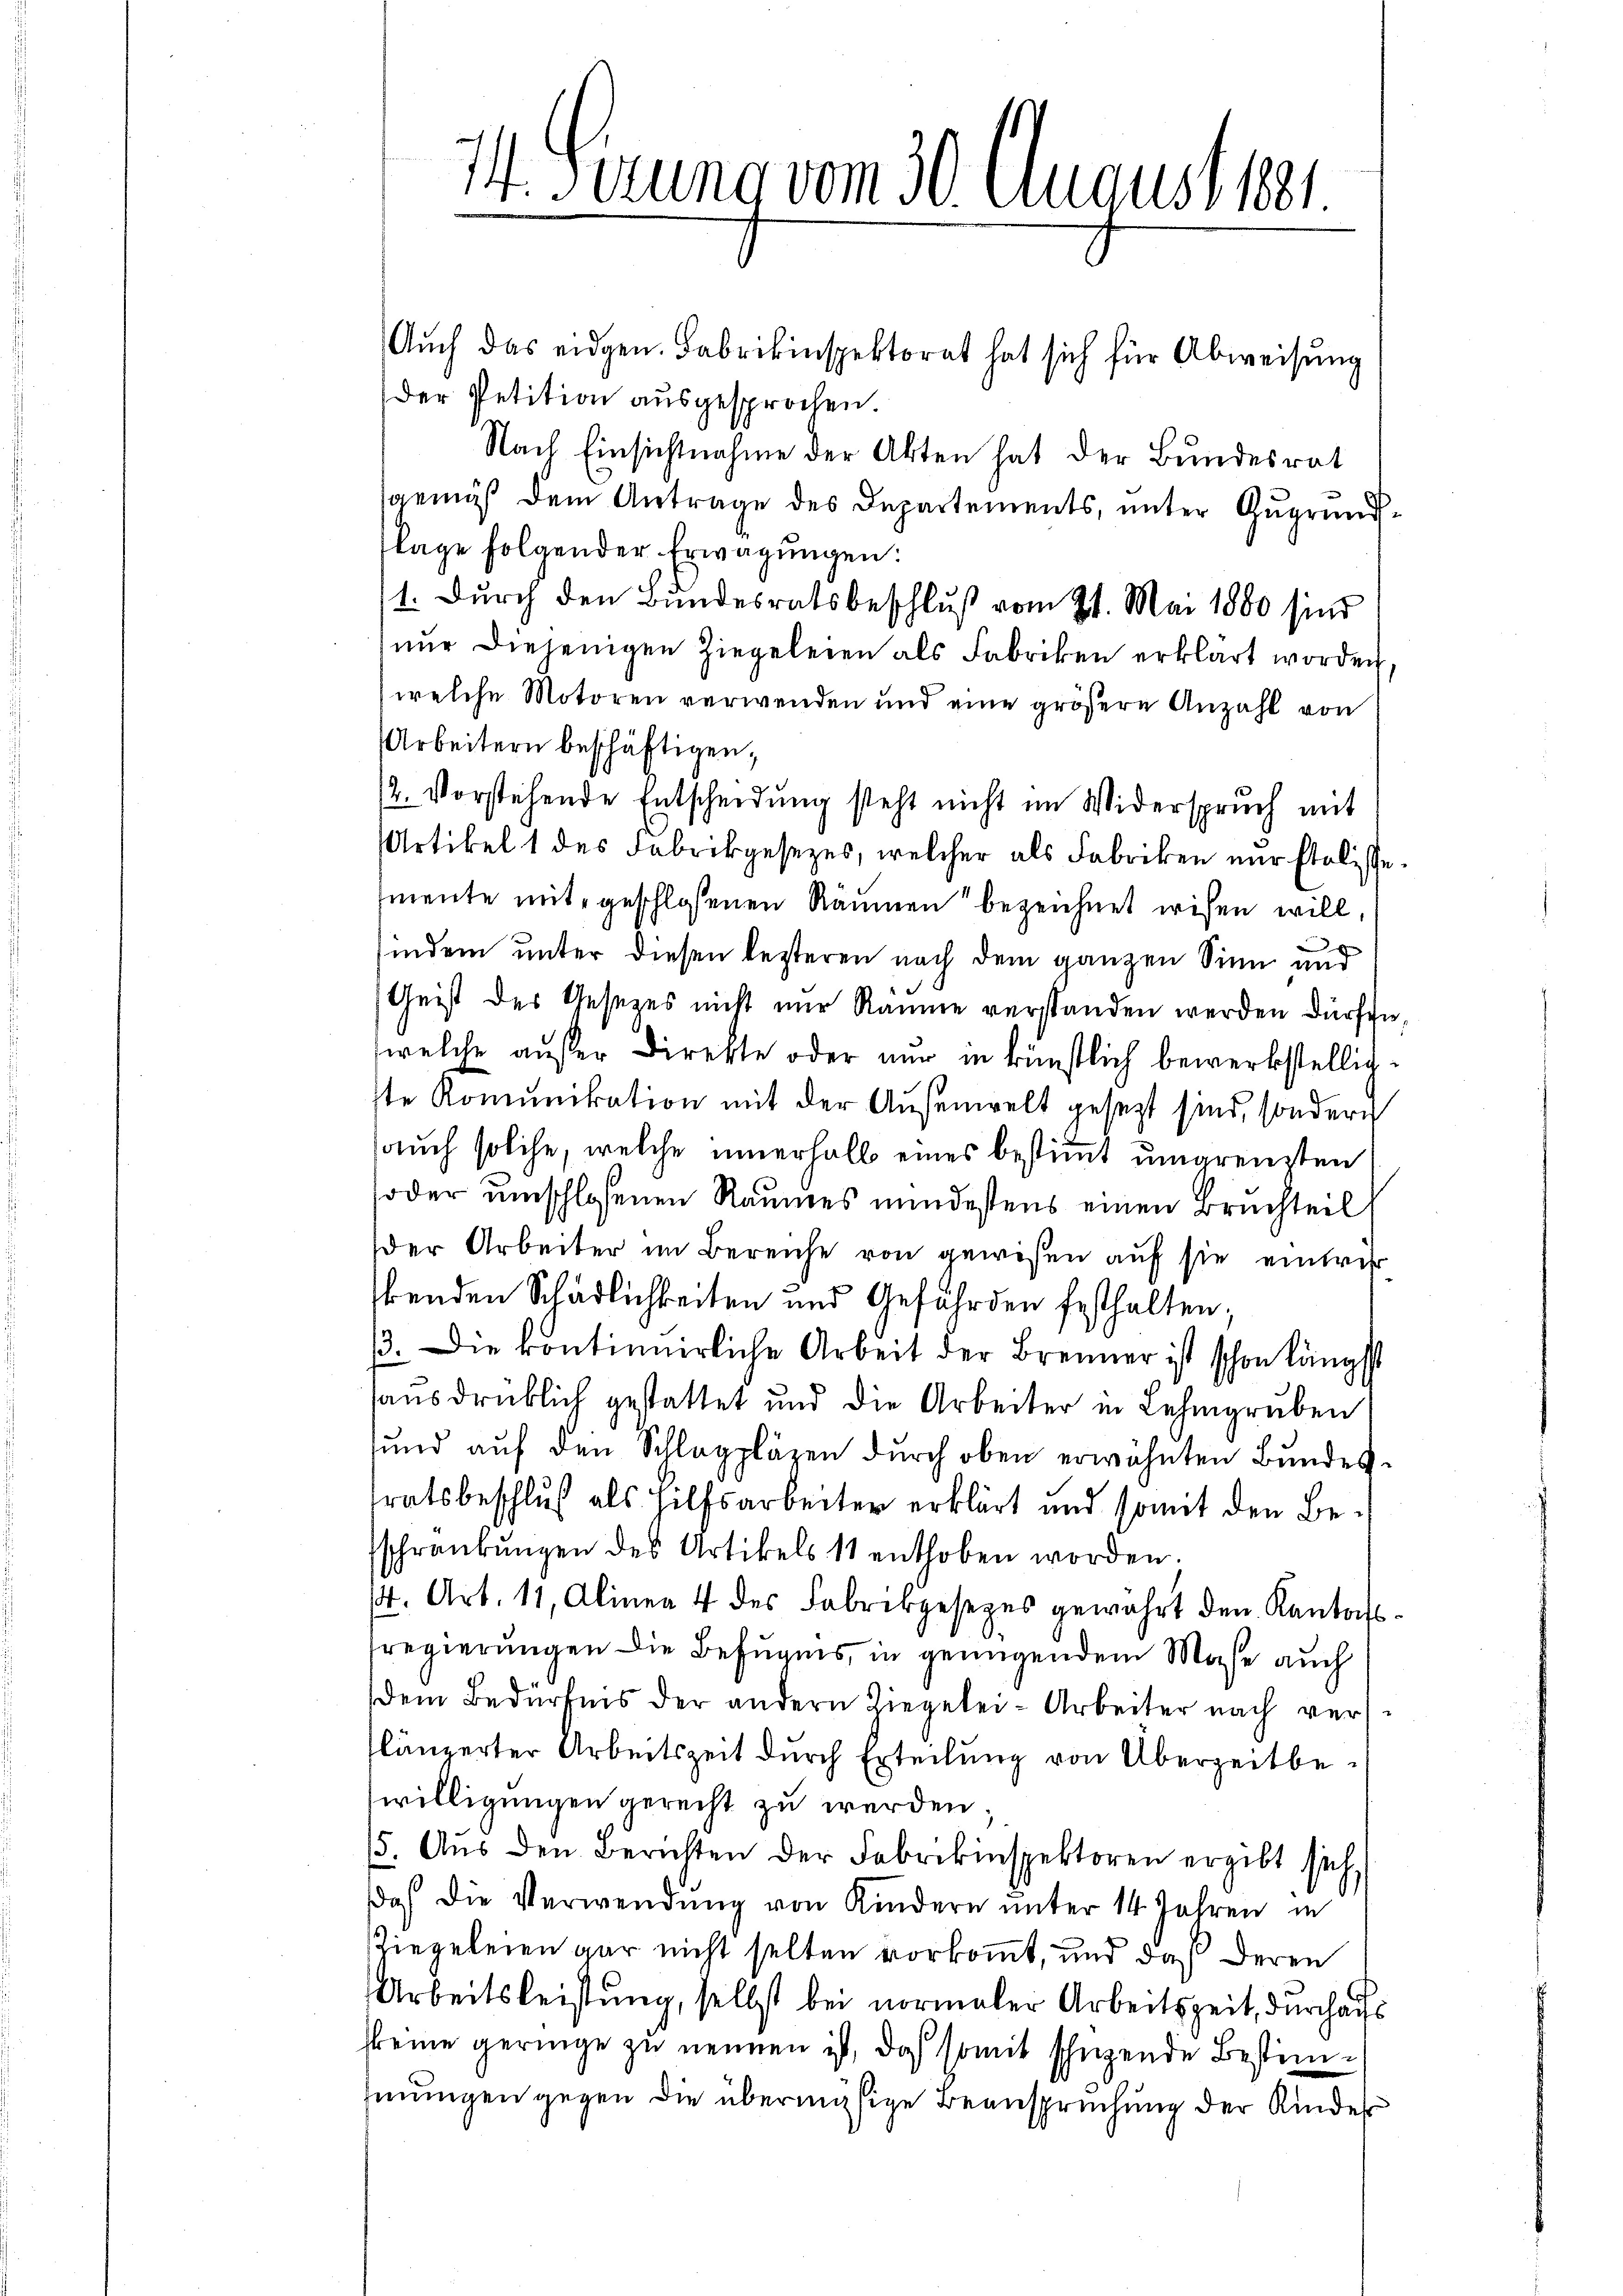
14. Ferung vom 30. August 181

Auch das eidgen. Fabrikinspektorat hat sich für Abweisung
Der Petition ausgesprochen
Nach Einsichtnahme der Akten hat der Bundesrat
gemäß dem Antrage des Departements, unter Zugrundflage folgender Erwägŭngen:
11. Durch den Bundesratsbeschluß vom 21. Mai 1880 sind
nŭr diejenigen Ziegeleien als Fabriken erklärt worden
welche Motoren verwenden und eine größere Anzahl von
Arbeitern beschäftigen,
/2. Vorstehende Entscheidung steht nicht im Widerspruch mit
Artikel 1 des Fabrikgesezes, welcher als Fabriken nur stolische
mente mit geschlossenen Räumen“ bezeichnet wesen will,
2
indem unter diesen besteren nach dem ganzen Sinn und
Geist des Gesezes nicht nur Räume verstanden werden dürfen
welche außer Direkte oder nur in künstlich bewerkstelligste Komunikation mit der Außenwelt gesezt sind, sondern
auch solche, welche innerhalb eines bestimmt umgrenzten
soder umschlossenen Raumes mindestens einen Bruchteil
der Arbeiter im Bereiche von gewesen auf sie eintrit
benden Schädlichkeiten und Gefährden festhalten;
33. Die kontinnerliche Arbeit der Brenner ist schon längst
sausdrücklich gestattet und die Arbeiter in Lehmgruben
sund auf den Schlagpläzen durch oben erwähnten Bundestratsbeschluß als Hilfsarbeiter erklärt und somit den Besschränkungen des Artikels 11 enthoben worden.
14. Art. 11, Alinea 4 des Fabrikgesezes gewährt den Kantonssregierungen die Befugnis, in genügendem Maße auch
dem Bedürfnis der andern Liegelei- Arbeiter nach verflänzerter Arbeitszeit durch Erteilŭng von Überzeitbewilligungen gerecht zu werden
5. Aŭs den Berichten der Fabrikinspektoren ergibt sich
daß die Verwendung von Kindern unter 14 Jahren in
Ziegeleien gar nicht selten vorkommt, und daß deren
Arbeitsleistung, selbst bei normaler Arbeitszeit, durchaus
fkeine geringe zu nennen ist, daß somit schüzende Bestimmungen gegen die übermäsige Beanspruchung der Kinder